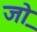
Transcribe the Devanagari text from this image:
जो़